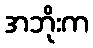
အဘိုးက